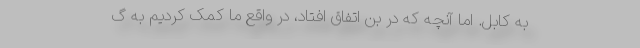
به کابل. اما آنچه که در بن اتفاق افتاد، در واقع ما کمک کردیم به گ